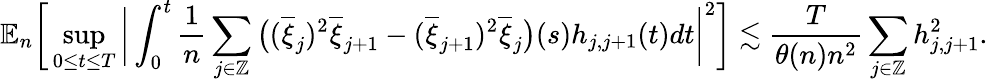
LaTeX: \mathbb{E}_{n}\bigg[\operatorname*{sup}_{0\le t\le T}\bigg|\int_{0}^{t}\frac{1}{n}\sum_{j\in\mathbb{Z}}\big((\overline{{\xi}}_{j})^{2}\overline{{\xi}}_{j+1}-(\overline{{\xi}}_{j+1})^{2}\overline{{\xi}}_{j}\big)(s)h_{j,j+1}(t)dt\bigg|^{2}\bigg]\lesssim\frac{T}{\theta(n)n^{2}}\sum_{j\in\mathbb{Z}}h_{j,j+1}^{2}.